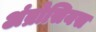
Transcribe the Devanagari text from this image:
अंब्रोसियस